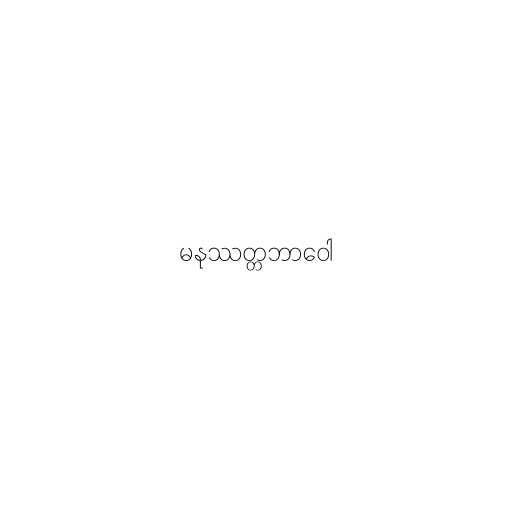
မနုဿတ္တဘာဝေါ